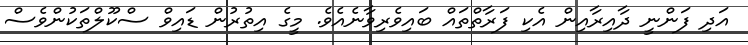
އަދި ފަންނީ ދާއިރާއިން އެކި ފަރާތްތައް ބައިވެރިވާނެއެވެ. މީގެ އިތުރުން ޑައިވް ސްކޫލްތަކުންވެސް